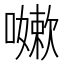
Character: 𭋯